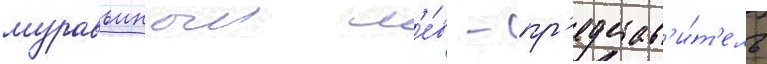
муравьиныи л'е́в - пр'едстав'и́т'ель